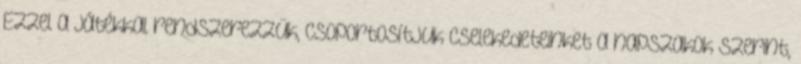
Ezzel a játékkal rendszerezzük, csoportosítjuk cselekedeteinket a napszakok szerint,